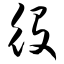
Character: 役